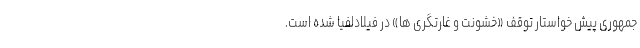
جمهوری پیش خواستار توقف «خشونت و غارتگری ها» در فیلادلفیا شده است.